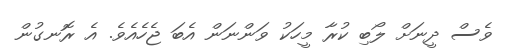
ވެސް ދީނަށް ލޯބި ކުރާ މީހަކު ވަންނަން އެބަ ޖެހެއެވެ. އެ ރޮނގުން